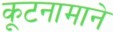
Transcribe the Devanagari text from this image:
कूटनामाने